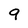
Character: 9